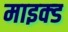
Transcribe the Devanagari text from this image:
माइक्ड